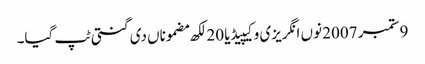
9 ستمبر 2007 نوں انگریزی وکیپیڈیا 20 لکھ مضموناں دی گنتی ٹپ گیا۔